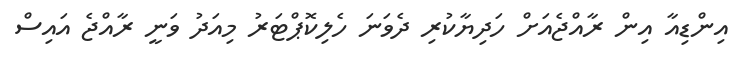
އިންޑިއާ އިން ރާއްޖެއަށް ހަދިޔާކުރި ދެވަނަ ހެލިކޮޕްޓަރު މިއަދު ވަނީ ރާއްޖެ އައިސް